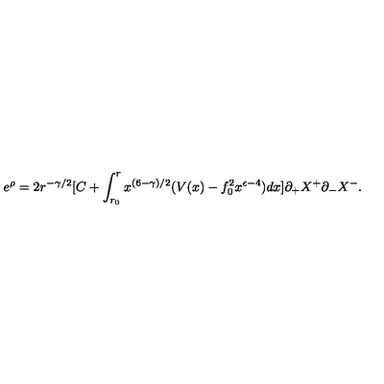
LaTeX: e ^ { \rho } = 2 r ^ { - \gamma / 2 } [ C + \int _ { r _ { 0 } } ^ { r } x ^ { ( 6 - \gamma ) / 2 } ( V ( x ) - f _ { 0 } ^ { 2 } x ^ { \epsilon - 4 } ) d x ] \partial _ { + } X ^ { + } \partial _ { - } X ^ { - } .